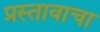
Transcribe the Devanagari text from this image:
प्रस्तावाचा